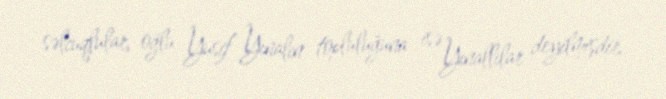
səlcuqlular, oğlu Yusif Yınalın topluluğuna isə Yınallılar deyilmişdir.